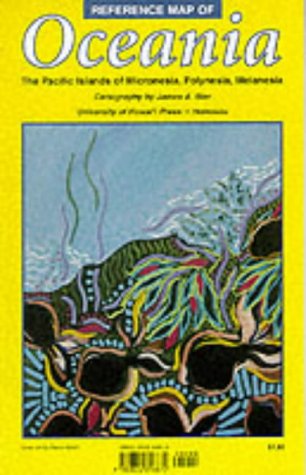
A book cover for Reference Map of Oceania: The Pacific Islands of Micronesia, Polynesia, Melanesia; James A. Bier; Travel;